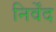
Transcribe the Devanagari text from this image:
निर्वेंद